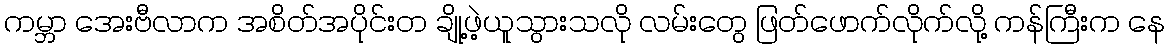
ကမ္ဘာ အေးဗီလာက အစိတ်အပိုင်းတ ချို့ဖဲ့ယူသွားသလို လမ်းတွေ ဖြတ်ဖောက်လိုက်လို့ ကန်ကြီးက နေ